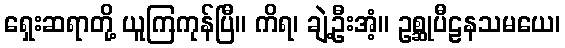
ရှေးဆရာတို့ ယူကြကုန်ပြီ။ ကိရ၊ ချဲ့ဦးအံ့။ ဥစ္ဆုပီဠနသမယေ၊